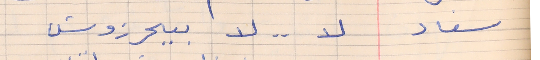
سعاد     لا . .  لا  بيحرزوش